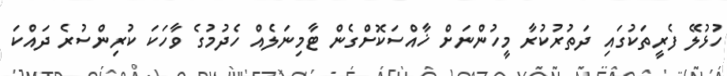
ހުޅުލޭ ފެރީތަކުގައި ދަތުރުކުރާ މީހުންނަށް ޚާއްސަކޮށްގެން ޓާމިނަލެއް ހެދުމުގެ ވާހަކަ ކުރިންސުރެ ދައްކަ